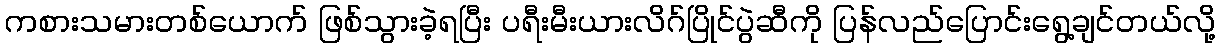
ကစားသမားတစ်ယောက် ဖြစ်သွားခဲ့ရပြီး ပရီးမီးယားလိဂ်ပြိုင်ပွဲဆီကို ပြန်လည်ပြောင်းရွေ့ချင်တယ်လို့